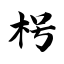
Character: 枵